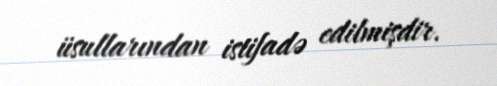
üsullarından istifadə edilmişdir.